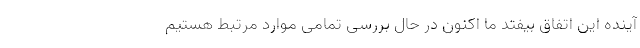
آینده این اتفاق بیفتد ما اکنون در حال بررسی تمامی موارد مرتبط هستیم